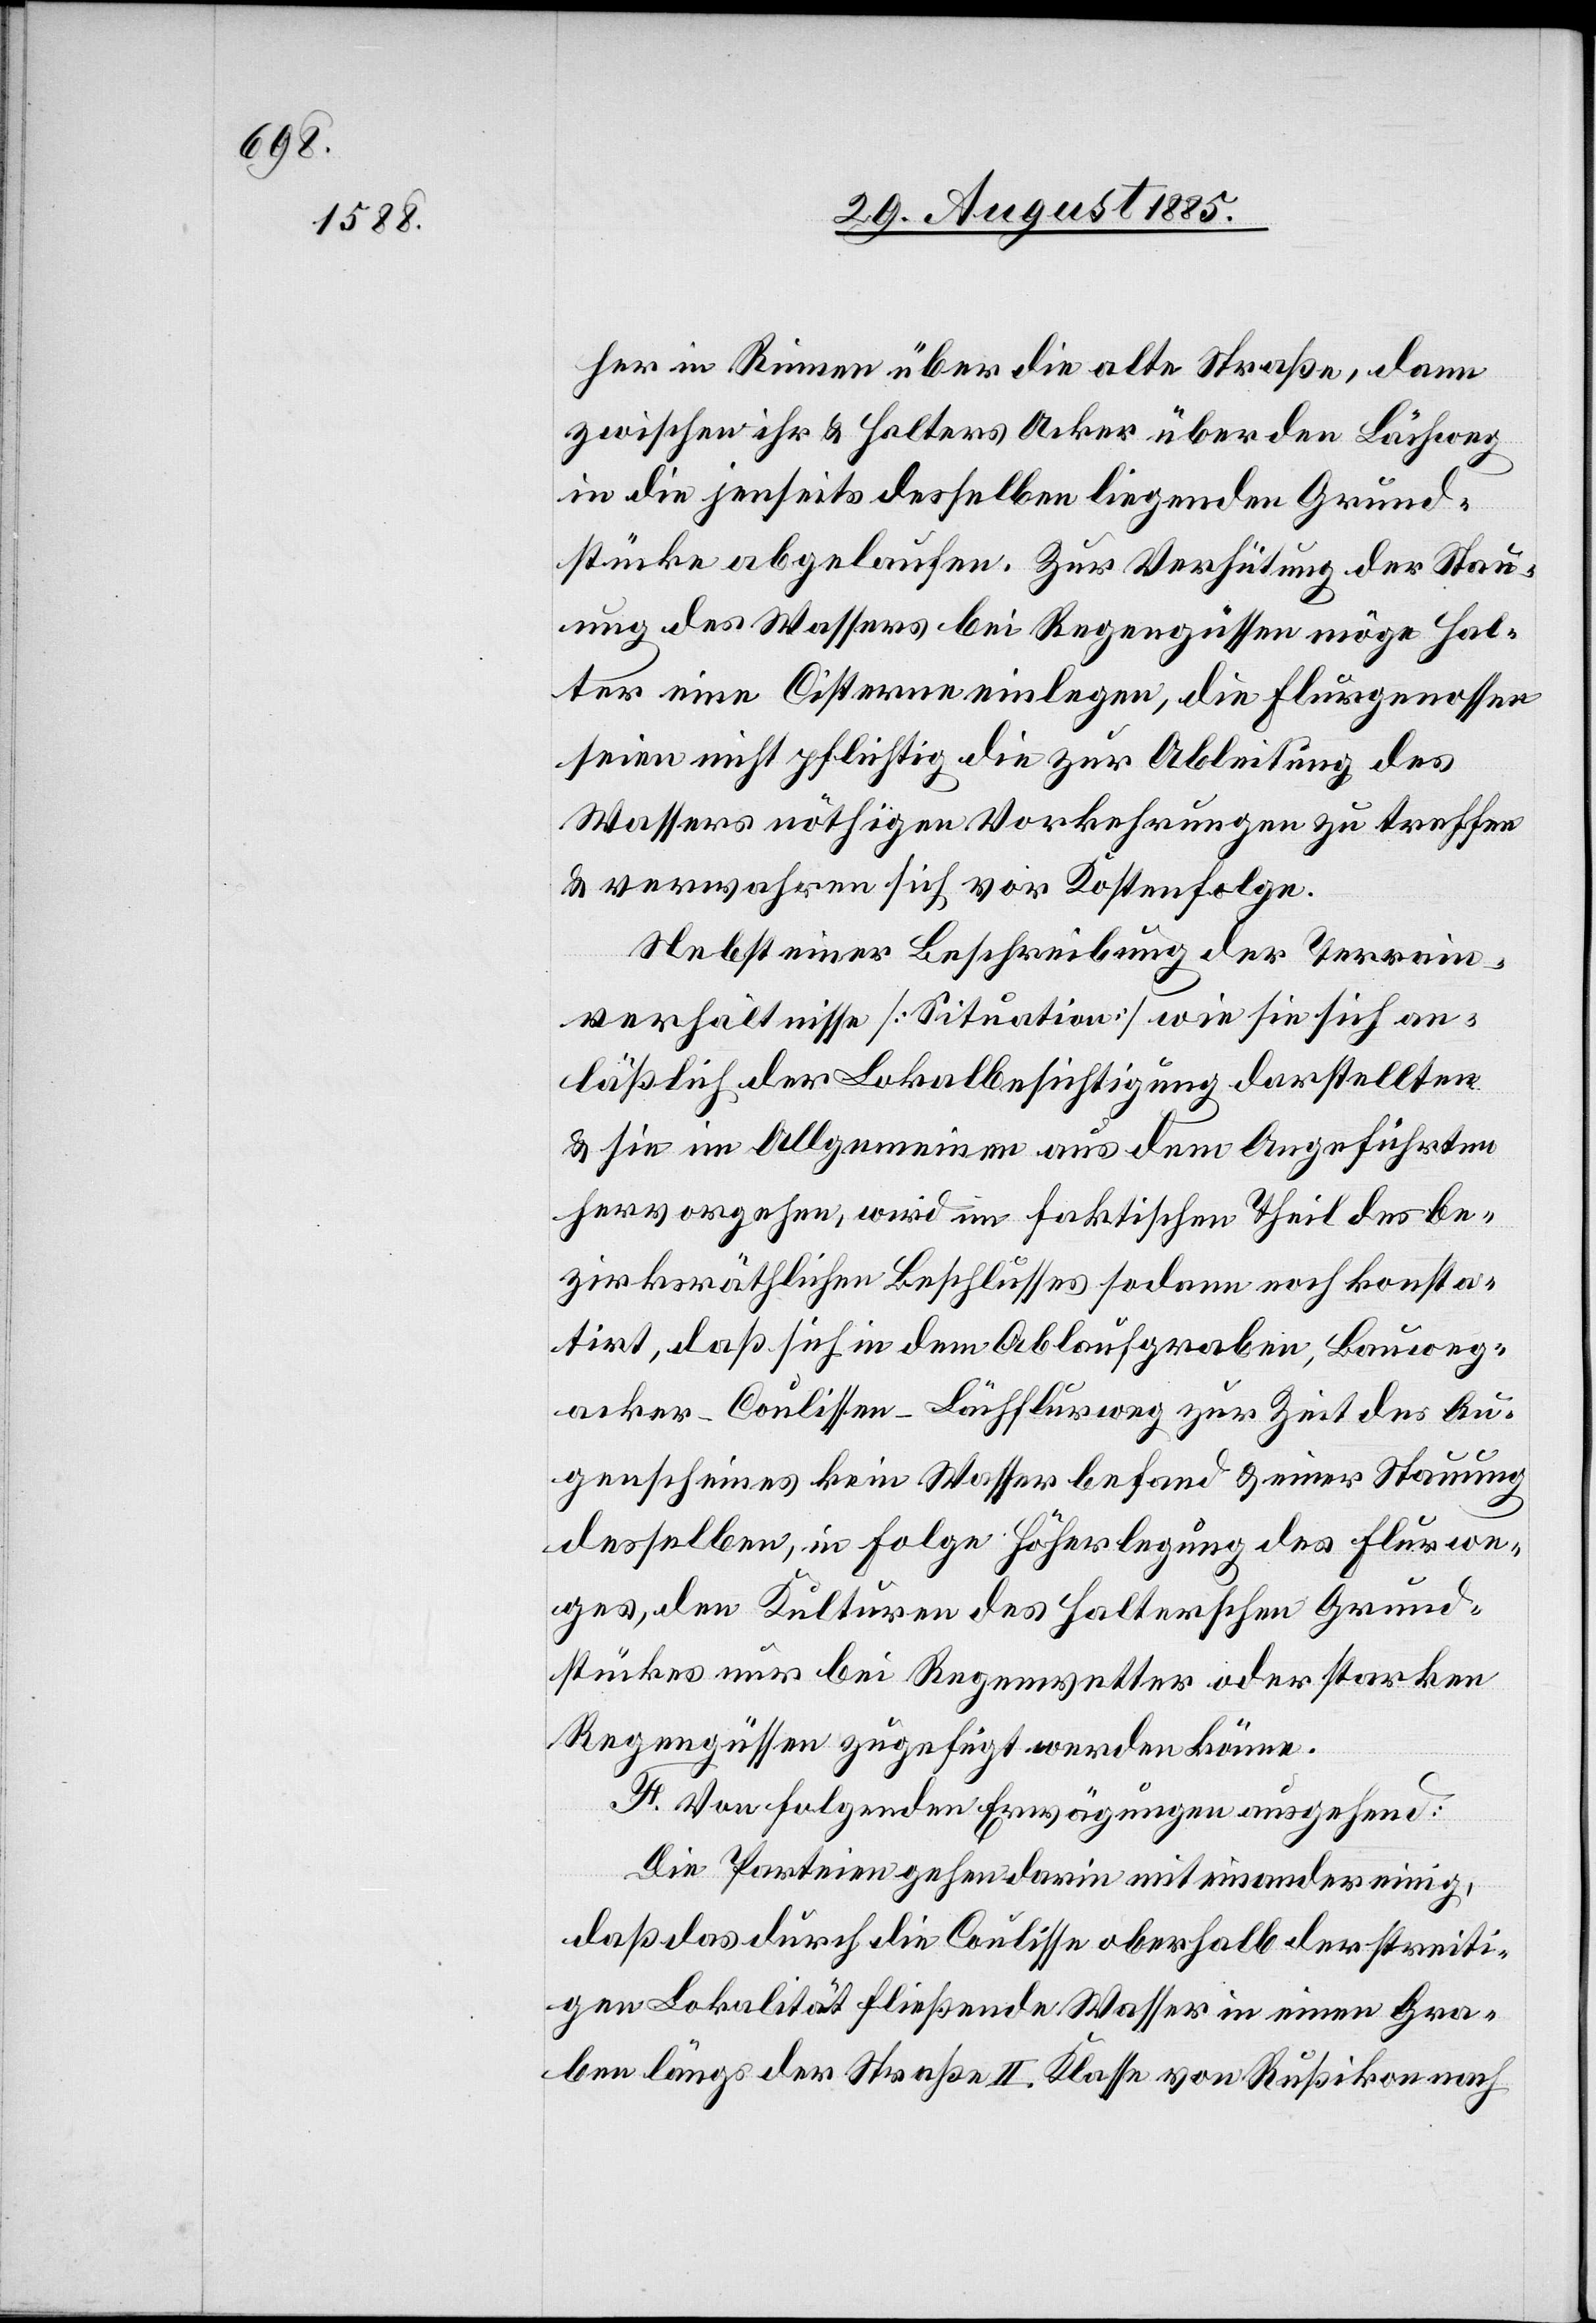
her in Rinnen über die alte Straße, dann
zwischen ihr & Halters Acker über den Lächweg
in die jenseits desselben liegenden Grund¬
stücke abgelaufen. Zur Verhütung der Stau¬
ung des Wassers bei Regengüssen möge Hal¬
ter eine Cisterne einlegen, die Flurgenossen
seien nicht pflichtig die zur Ableitung des
Wassers nöthigen Vorkehrungen zu treffen
& verwahren sich vor Kostenfolge.
Nebst einer Beschreibung der Terrain¬
verhältnisse [Situation] wie sie sich an¬
läßlich der Lokalbesichtigung darstellten
& sie im Allgemeinen aus dem Angeführten
hervorgehen, wird im faktischen Theil des be¬
zirksräthlichen Beschlusses sodann noch konsta¬
tirt, daß sich in dem Ablaufgraben, Bauweg¬
acker-Coulissen-Lächflurweg zur Zeit des Au¬
genscheines kein Wasser befand & einer Stauung
desselben, in Folge Höherlegung des Flurwe¬
ges, den Kulturen des Halterschen Grund¬
stückes nur bei Regenwetter oder starken
Regengüssen zugefügt werden könne.
F. Von folgenden Erwägungen ausgehend:
Die Parteien gehen darin mit einander einig,
daß das durch die Coulisse oberhalb der streiti¬
gen Lokalität fließende Wasser in einen Gra¬
ben längs der Straße II. Klasse von Rußikon nach